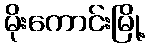
မိုးကောင်းမြို့